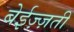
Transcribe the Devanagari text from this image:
बेईज़्ज़ती